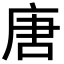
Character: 唐